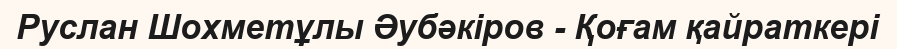
Руслан Шохметұлы Әубәкіров - Қоғам қайраткері